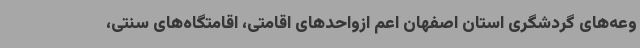
وعه‌های گردشگری استان اصفهان اعم ازواحدهای اقامتی، اقامتگاه‌های سنتی،